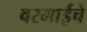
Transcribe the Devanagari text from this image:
वरमाईचे